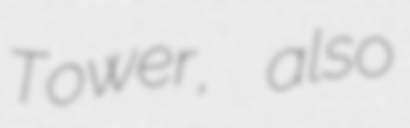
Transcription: Tower, also